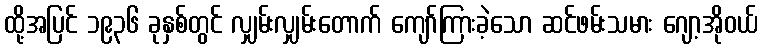
ထို့အပြင် ၁၉၃၆ ခုနှစ်တွင် လျှမ်းလျှမ်းတောက် ကျော်ကြားခဲ့သော ဆင်ဖမ်းသမား ဂျော့အိုဝယ်